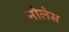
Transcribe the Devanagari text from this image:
नोलेस